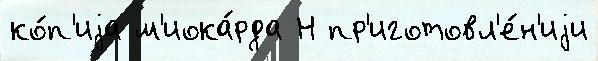
ко́п'иjа м'иока́рда Н пр'иготовл'е́н'иjи